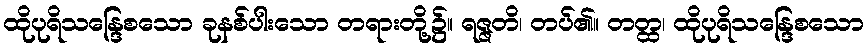
ထိုပုရိသန္ဒြေစသော ခုနစ်ပါးသော တရားတို့၌။ ရဇ္ဇတိ၊ တပ်၏။ တတ္ထ၊ ထိုပုရိသန္ဒြေစသော